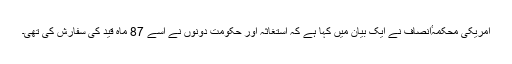
امریکی محکمہٴانصاف نے ایک بیان میں کہا ہے کہ استغاثہ اور حکومت دونوں نے اُسے 87 ماہ قید کی سفارش کی تھی۔